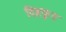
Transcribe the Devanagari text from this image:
दिष्टकृत